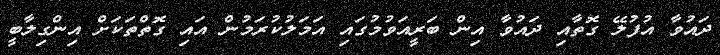
ދައުވާ އުފުލޭ ގޮތާއި ދައުވާ އިން ބަރީއަވުމުގައި އަމަލުކުރަމުން އަައި ގޮތްތަކަށް އިންގިލާބީ